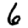
Digit: 6